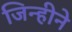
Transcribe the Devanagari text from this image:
जिन्हीने